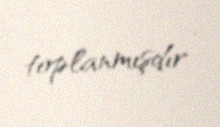
toplanmışdır .